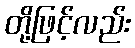
တို့ဖြင့်လည်း